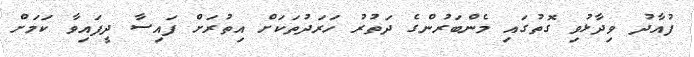
ފުއާދު ވިދާޅުވި ގޮތުގައި މެންބަރުންގެ ދަތުރު ހަރަދުތަކަށް އިތުރަށް ފައިސާ ދީފައިވާ ކަމަށް